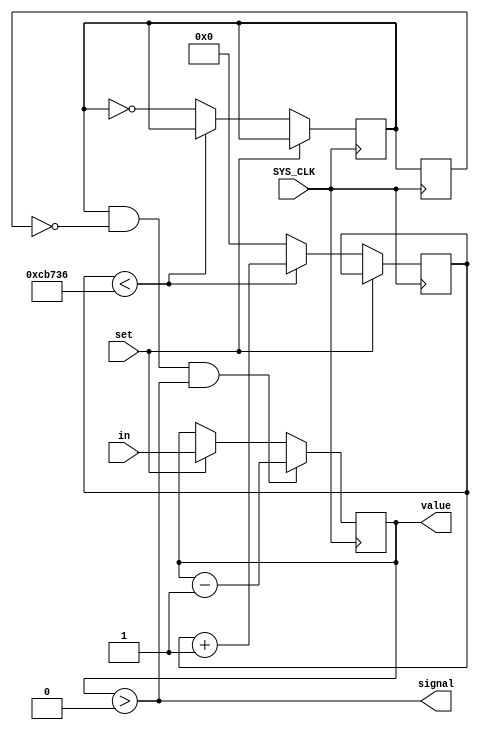
/*
 * 60hz countdown timer used by the Chip-8 for delays and audio beeps
 */

module Timer (
    input SYS_CLK,
    input set,
    input [7:0] in,
    output [7:0] value,
    output signal);

    reg [7:0] timer_value = 0;
    assign value = timer_value;
    assign signal = timer_value > 0;

    parameter clk_limit = 833334;
    reg [19:0] clk_ctr_60hz = 0;
    reg clk_60hz = 0;
    reg old_clk_60hz = 0;

    always @(negedge SYS_CLK) begin
        old_clk_60hz <= clk_60hz;
        if (set)
            timer_value <= in;
        else if (clk_ctr_60hz < clk_limit)
            clk_ctr_60hz <= clk_ctr_60hz + 1;
        else begin
            clk_ctr_60hz <= 0;
            clk_60hz <= ~clk_60hz;
        end

        if (clk_60hz && !old_clk_60hz && timer_value > 0)
            timer_value <= timer_value - 1;
    end


endmodule